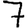
Digit: 7